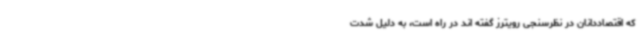
که اقتصاددانان در نظرسنجی رویترز گفته اند در راه است، به دلیل شدت